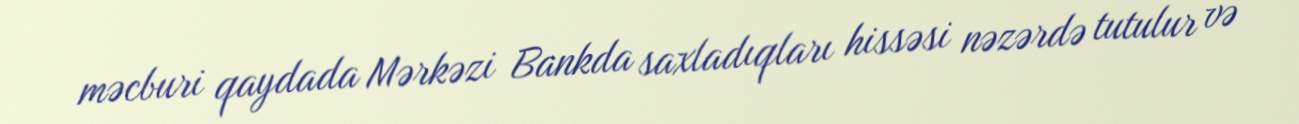
məcburi qaydada Mərkəzi Bankda saxladıqları hissəsi nəzərdə tutulur və